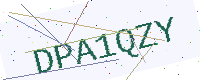
Text: DPA1QZY